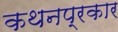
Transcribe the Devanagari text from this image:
कथनप्रकार